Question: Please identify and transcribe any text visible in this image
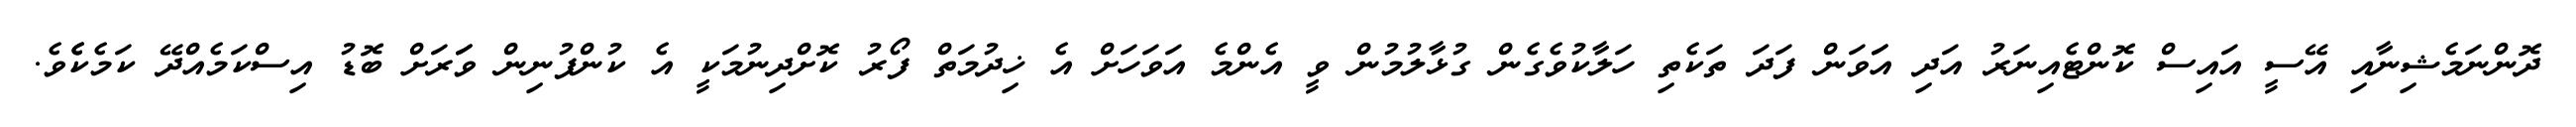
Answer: ދޮންނަމެޝިނާއި އޭސީ އައިސް ކޮންޓެއިނަރު އަދި އަަވަން ފަދަ ތަކެތި ހަލާކުވެގެން ގުޅާލުމުން ވީ އެންމެ އަވަހަށް އެ ޚިދުމަތް ފޯރު ކޮށްދިނުމަކީ އެ ކުންފުނިން ވަަރަށް ބޮޑު އިސްކަމެއްދޭ ކަމެކެެވެ.